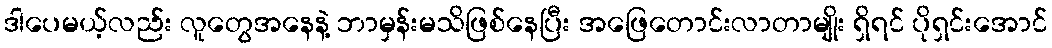
ဒါပေမယ့်လည်း လူတွေအနေနဲ့ ဘာမှန်းမသိဖြစ်နေပြီး အဖြေတောင်းလာတာမျိုး ရှိရင် ပိုရှင်းအောင်